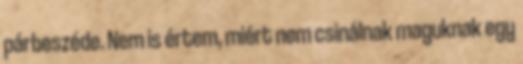
párbeszéde. Nem is értem, miért nem csinálnak maguknak egy